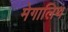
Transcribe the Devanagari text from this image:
मेगालिथ